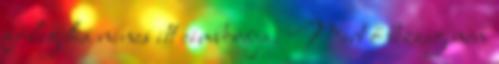
főleg ha nincs itt cimborája. Mert ő bezzeg nem